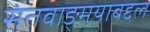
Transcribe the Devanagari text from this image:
संतवाङ्मयाबद्दल